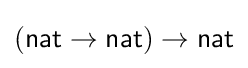
({\mathsf {nat}}\to {\mathsf {nat}})\to {\mathsf {nat}}